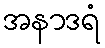
အနာဒရံ